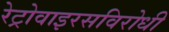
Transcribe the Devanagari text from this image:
रेट्रोवाइरसविरोधी